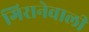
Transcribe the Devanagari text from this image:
गिरानेवाली